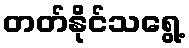
တတ်နိုင်သရွေ့